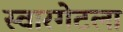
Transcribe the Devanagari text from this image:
स्वारगेटला